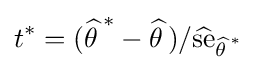
t^{*}=({\widehat {\theta \,}}^{*}-{\widehat {\theta \,}})/{\widehat {\text{se}}}_{{\widehat {\theta \,}}^{*}}